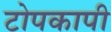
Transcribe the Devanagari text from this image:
टोपकापी